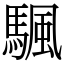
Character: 颿